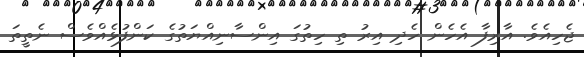
ޖެހިއެވެ. އާރިފާ އެހެން ހެދި އިރު ތި ހިތުގަ އިންސާނިއްޔަތުގެ ކަންފުޅެއްވެސް ނެތީތަ